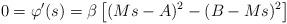
LaTeX: \begin{align*}0=\varphi'(s)=\beta\left[(Ms-A)^{2}-(B-Ms)^{2}\right]\end{align*}